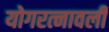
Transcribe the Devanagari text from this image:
योगरत्नावली